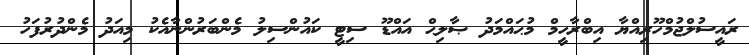
ރައީސުލްޖުމްހޫރިއްޔާ އިބްރާހީމް މުޙައްމަދު ޞާލިޙް އައްޑޫ ސިޓީ ކައުންސިލު މެންބަރުންނާއެކު މިއަދު މެންދުރުފަހު